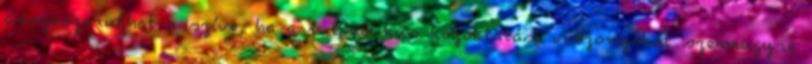
összeszorulhat a szíve, ha a mioritikus közoktatási viszonyokat szemügyre